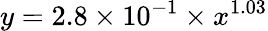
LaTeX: y=2.8\times 10^{-1}\times x^{1.03}